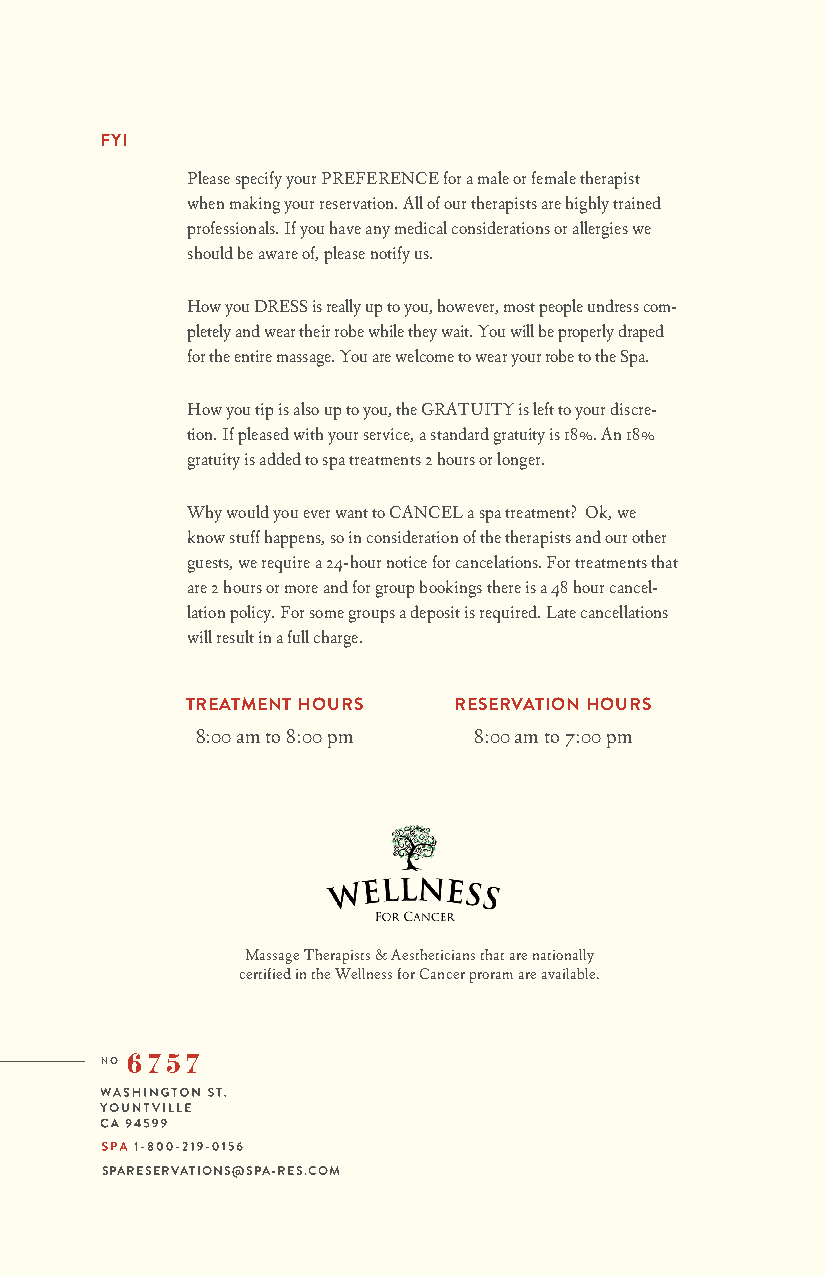
FYI
 Please specify your PREFERENCE for a male or female therapist
 when making your reservation. All of our therapists are highly trained
 professionals. If you have any medical considerations or allergies we
 should be aware of, please notify us.
 How you DRESS is really up to you, however, most people undress com-
 pletely and wear their robe while they wait. You will be properly draped
 for the entire massage. You are welcome to wear your robe to the Spa.
 How you tip is also up to you, the GRATUITY is left to your discre-
 tion. If pleased with your service, a standard gratuity is 18%. An 18%
 gratuity is added to spa treatments 2 hours or longer.
 Why would you ever want to CANCEL a spa treatment? Ok, we
 know stuff happens, so in consideration of the therapists and our other
 guests, we require a 24-hour notice for cancelations. For treatments that
 are 2 hours or more and for group bookings there is a 48 hour cancel-
 lation policy. For some groups a deposit is required. Late cancellations
 will result in a full charge.
 TREATMENT HOURS   RESERVATION HOURS
 8:00 am to 8:00 pm 8:00 am to 7:00 pm
 Massage Therapists & Aestheticians that are nationally
 certified in the Wellness for Cancer proram are available.
 SPARESERVATIONS@SPA-RES.COM